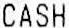
CASH